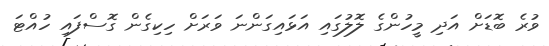
ވުރެ ބޮޑަށް އަދި މީހުންގެ ލޮލުގައި އަޅައިގަންނަ ވަރަށް ހިކިގެން ގޮސްފައި ހުއްޓަ